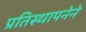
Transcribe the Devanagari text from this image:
प्रतिस्थापनेने